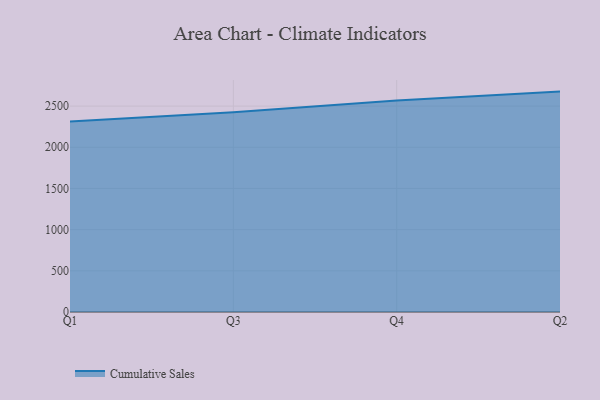
{"axis": {"x": "Quarter", "y": "Waste Production (Tons)"}, "legend": ["Cumulative Sales"], "data": [{"x": "Q1", "y": 2311.7, "type": "Cumulative Sales"}, {"x": "Q3", "y": 2425.0, "type": "Cumulative Sales"}, {"x": "Q4", "y": 2568.8, "type": "Cumulative Sales"}, {"x": "Q2", "y": 2676.2, "type": "Cumulative Sales"}]}